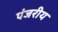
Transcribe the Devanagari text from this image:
पंजरीय